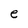
Character: e